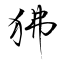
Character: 狒